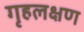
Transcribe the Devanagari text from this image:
गृहलक्षण